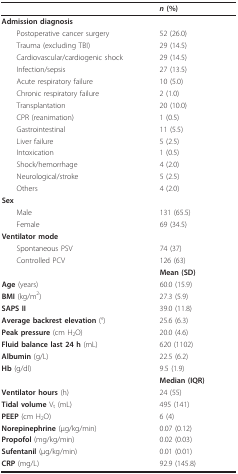
<table><thead><tr><td></td><td><b><i>n </i>(%)</b></td></tr></thead><tbody><tr><td><b>Admission diagnosis</b></td><td></td></tr><tr><td> Postoperative cancer surgery</td><td>52 (26.0)</td></tr><tr><td> Trauma (excluding TBI)</td><td>29 (14.5)</td></tr><tr><td> Cardiovascular/cardiogenic shock</td><td>29 (14.5)</td></tr><tr><td> Infection/sepsis</td><td>27 (13.5)</td></tr><tr><td> Acute respiratory failure</td><td>10 (5.0)</td></tr><tr><td> Chronic respiratory failure</td><td>2 (1.0)</td></tr><tr><td> Transplantation</td><td>20 (10.0)</td></tr><tr><td> CPR (reanimation)</td><td>1 (0.5)</td></tr><tr><td> Gastrointestinal</td><td>11 (5.5)</td></tr><tr><td> Liver failure</td><td>5 (2.5)</td></tr><tr><td> Intoxication</td><td>1 (0.5)</td></tr><tr><td> Shock/hemorrhage</td><td>4 (2.0)</td></tr><tr><td> Neurological/stroke</td><td>5 (2.5)</td></tr><tr><td> Others</td><td>4 (2.0)</td></tr><tr><td><b>Sex</b></td><td></td></tr><tr><td> Male</td><td>131 (65.5)</td></tr><tr><td> Female</td><td>69 (34.5)</td></tr><tr><td><b>Ventilator mode</b></td><td></td></tr><tr><td> Spontaneous PSV</td><td>74 (37)</td></tr><tr><td> Controlled PCV</td><td>126 (63)</td></tr><tr><td></td><td><b>Mean (SD)</b></td></tr><tr><td><b>Age </b>(years)</td><td>60.0 (15.9)</td></tr><tr><td><b>BMI </b>(kg/m<sup>2</sup>)</td><td>27.3 (5.9)</td></tr><tr><td><b>SAPS II</b></td><td>39.0 (11.8)</td></tr><tr><td><b>Average backrest elevation </b>(°)</td><td>25.6 (6.3)</td></tr><tr><td><b>Peak pressure </b>(cm H<sub>2</sub>O)</td><td>20.0 (4.6)</td></tr><tr><td><b>Fluid balance last 24 h </b>(mL)</td><td>620 (1102)</td></tr><tr><td><b>Albumin </b>(g/L)</td><td>22.5 (6.2)</td></tr><tr><td><b>Hb </b>(g/dl)</td><td>9.5 (1.9)</td></tr><tr><td></td><td><b>Median (IQR)</b></td></tr><tr><td><b>Ventilator hours </b>(h)</td><td>24 (55)</td></tr><tr><td><b>Tidal volume </b>V<sub>t </sub>(mL)</td><td>495 (141)</td></tr><tr><td><b>PEEP </b>(cm H<sub>2</sub>O)</td><td>6 (4)</td></tr><tr><td><b>Norepinephrine </b>(μg/kg/min)</td><td>0.07 (0.12)</td></tr><tr><td><b>Propofol </b>(mg/kg/min)</td><td>0.02 (0.03)</td></tr><tr><td><b>Sufentanil </b>(μg/kg/min)</td><td>0.01 (0.01)</td></tr><tr><td><b>CRP </b>(mg/L)</td><td>92.9 (145.8)</td></tr></tbody></table>